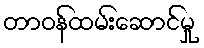
တာဝန်ထမ်းဆောင်မှု